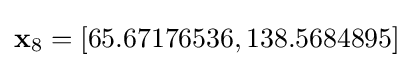
\mathbf {x} _{8}=\left[65.67176536,138.5684895\right]